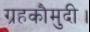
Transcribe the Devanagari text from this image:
ग्रहकौमुदी।